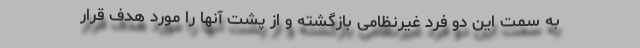
به سمت این دو فرد غیرنظامی بازگشته و از پشت آنها را مورد هدف قرار